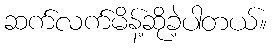
ဆက်လက်မိန့်ဆိုခဲ့ပါတယ်။